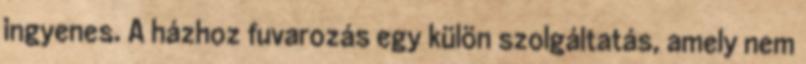
ingyenes. A házhoz fuvarozás egy külön szolgáltatás, amely nem